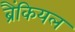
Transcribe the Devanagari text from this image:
ब्रैंकियल